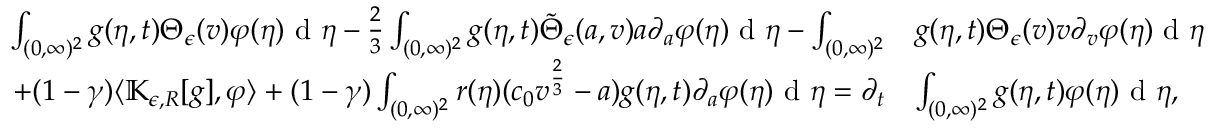
\begin{array} { r l } { \int _ { ( 0 , \infty ) ^ { 2 } } g ( \eta , t ) \Theta _ { \epsilon } ( v ) \varphi ( \eta ) \textup { d } \eta - \frac { 2 } { 3 } \int _ { ( 0 , \infty ) ^ { 2 } } g ( \eta , t ) \tilde { \Theta } _ { \epsilon } ( a , v ) a \partial _ { a } \varphi ( \eta ) \textup { d } \eta - \int _ { ( 0 , \infty ) ^ { 2 } } } & { g ( \eta , t ) \Theta _ { \epsilon } ( v ) v \partial _ { v } \varphi ( \eta ) \textup { d } \eta } \\ { + ( 1 - \gamma ) \langle \mathbb { K } _ { \epsilon , R } [ g ] , \varphi \rangle + ( 1 - \gamma ) \int _ { ( 0 , \infty ) ^ { 2 } } r ( \eta ) ( c _ { 0 } v ^ { \frac { 2 } { 3 } } - a ) g ( \eta , t ) \partial _ { a } \varphi ( \eta ) \textup { d } \eta = \partial _ { t } } & { \int _ { ( 0 , \infty ) ^ { 2 } } g ( \eta , t ) \varphi ( \eta ) \textup { d } \eta , } \end{array}